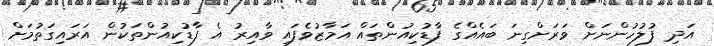
އަދި ފުލުހުންނަށް ވަރަށްގިނަ ބައެއްގެ ފާޑުކިއުންތައް އަމާޒުވެފައި ވާއިރު އެ ފާޑުކިއުންތަކުން އަރައިގަތުމަށް